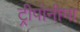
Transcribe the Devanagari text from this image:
ट्रीपोनीमा